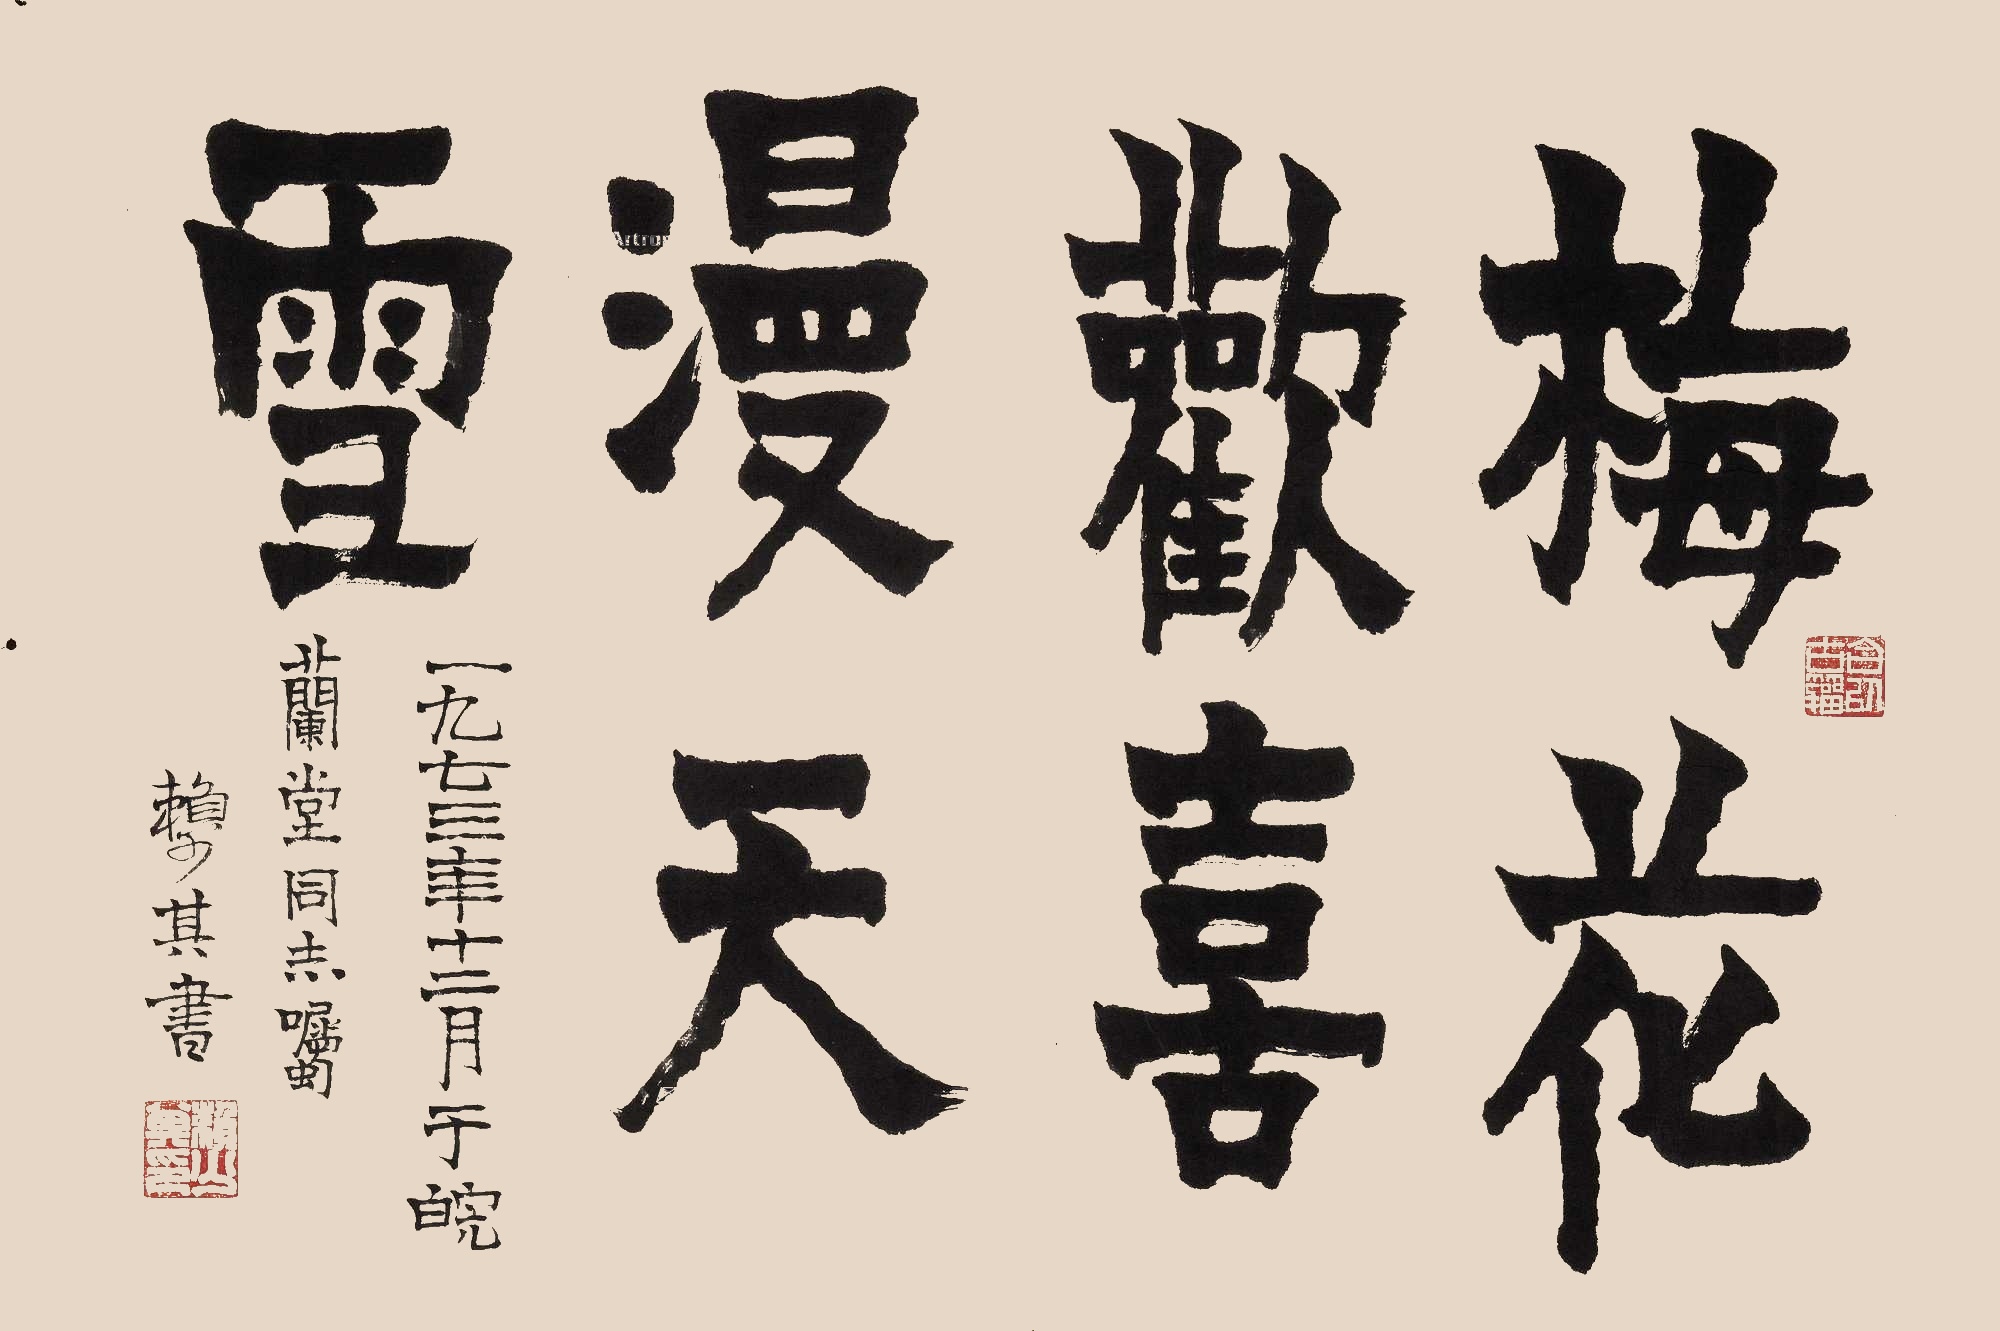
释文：梅花欢喜漫天雪一九七三年十二月于皖，兰堂同志嘱。赖少其书。